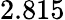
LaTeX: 2.815